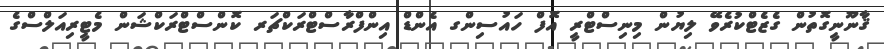
ޤާނޫނީގޮތުން ގެޒެޓްކުރެވޭ ލިޔުން މިނިސްޓްރީ އޮފް ހައުސިންގ އެންޑް އިންފްރާސްޓްރަކްޗަރ ކޮންސްޓްރަކްޝަން މެޓީރިއަލްސްގެ